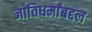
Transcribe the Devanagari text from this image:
जातिधर्मांबद्दल